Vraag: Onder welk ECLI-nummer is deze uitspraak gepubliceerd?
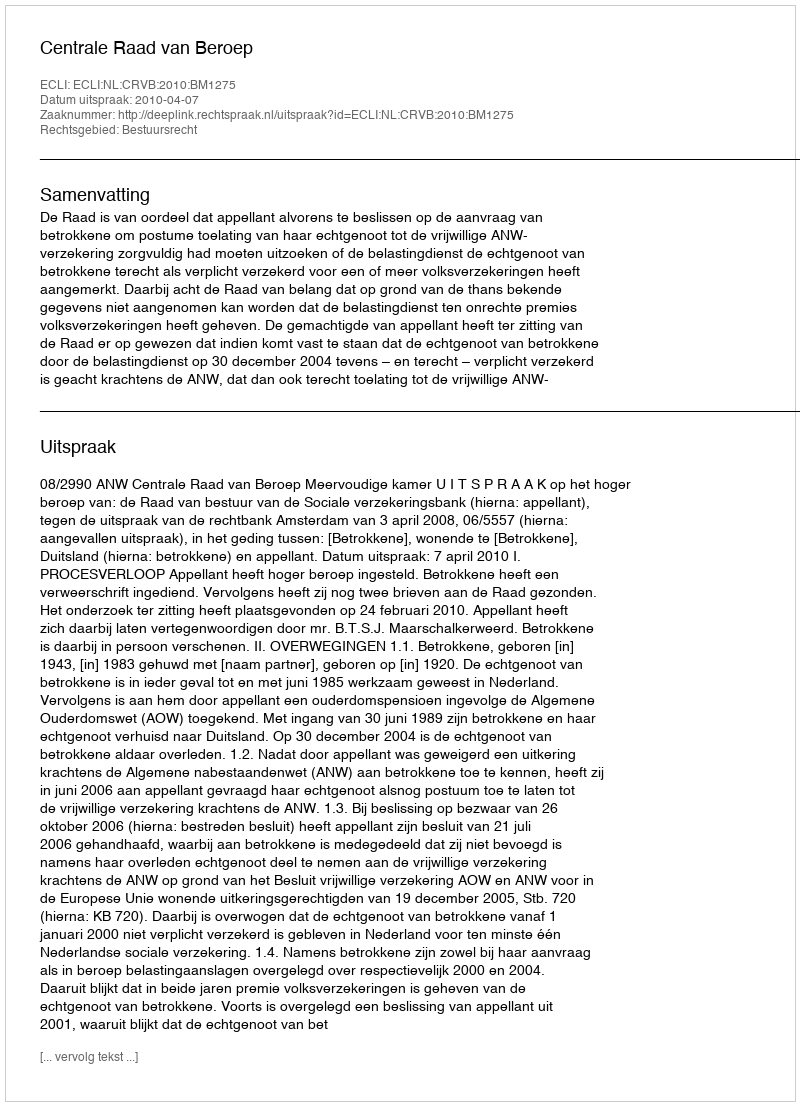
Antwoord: ECLI:NL:CRVB:2010:BM1275